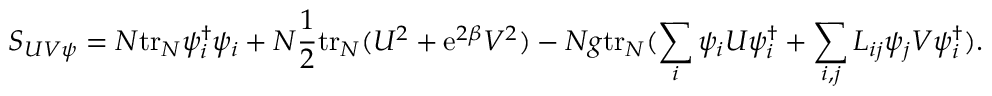
S _ { U V \psi } = N \mathrm { t r } _ { N } \psi _ { i } ^ { \dagger } \psi _ { i } + N \frac { 1 } { 2 } \mathrm { t r } _ { N } ( U ^ { 2 } + \mathrm { e } ^ { 2 \beta } V ^ { 2 } ) - N g \mathrm { t r } _ { N } ( \sum _ { i } \psi _ { i } U \psi _ { i } ^ { \dagger } + \sum _ { i , j } L _ { i j } \psi _ { j } V \psi _ { i } ^ { \dagger } ) .